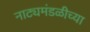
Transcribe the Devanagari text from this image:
नाट्यमंडळीच्या